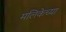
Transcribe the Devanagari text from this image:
मलिकेच्या